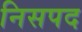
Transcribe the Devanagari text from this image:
निसपद